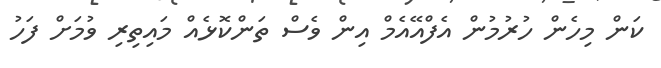
ކަން މިހެން ހުރުމުން އެފްއޭއެމް އިން ވެސް ތަންކޮޅެއް މައިތިރި ވުމަށް ފަހު